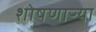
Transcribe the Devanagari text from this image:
शोषणाऱ्या